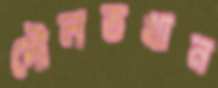
দৌলতখান